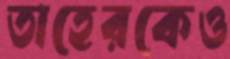
তাহেরকেও